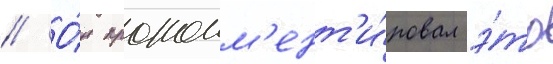
// О́н прокомм'ент'и́ровал э́то